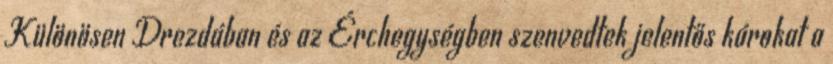
Különösen Drezdában és az Érchegységben szenvedtek jelentős károkat a